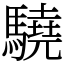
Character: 驍